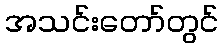
အသင်းတော်တွင်